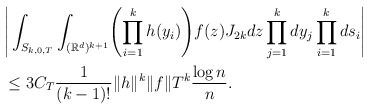
\begin{align*}&\Bigg|\int_{S_{k,0,T}}\int_{(\mathbb{R}^d)^{k+1}} \Biggl(\prod_{i=1}^kh(y_i) \Biggr)f(z)J_{2k} dz \prod_{j=1}^k dy_j \prod_{i=1}^k ds_{i} \Bigg|\\&\leq3 C_T \frac{1}{(k-1)!} \|h\|^k\|f\|T^{k} \frac{\log n}{n}.\end{align*}